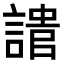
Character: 𧪯